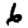
Digit: 6